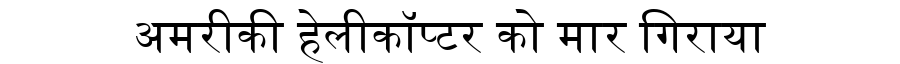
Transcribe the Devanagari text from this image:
अमरीकी हेलीकॉप्टर को मार गिराया